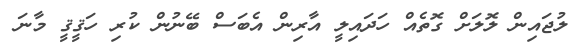
ލުޖައިން ލޮލަށް ގޮތެއް ހަދައިލީ އާރިން އެބަސް ބޭނުން ކުރި ހަޤީޤީ މާނަ